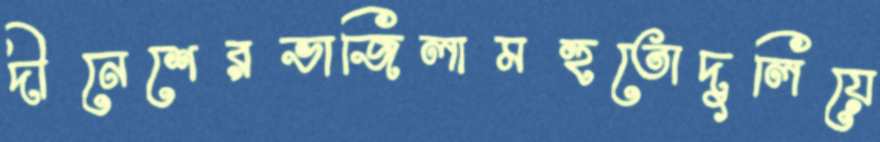
দীনেশেরভাজিলামহুতোদুলিয়ে